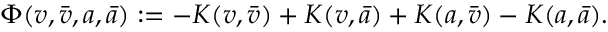
\Phi ( v , \bar { v } , a , \bar { a } ) : = - K ( v , \bar { v } ) + K ( v , \bar { a } ) + K ( a , \bar { v } ) - K ( a , \bar { a } ) .